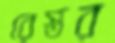
রেস্তর